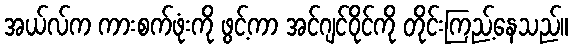
အယ်လ်က ကားစက်ဖုံးကို ဖွင့်ကာ အင်ဂျင်ဝိုင်ကို တိုင်းကြည့်နေသည်။